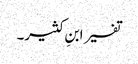
تفسیر ابنِ کثیر۔